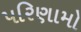
પરિણામો